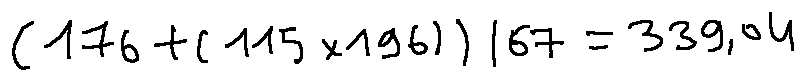
( 1 7 6 + ( 1 1 5 \times 1 9 6 ) ) / 6 7 = 3 3 9 . 0 4